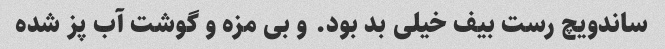
ساندویچ رست بیف خیلی بد بود. و بی مزه و گوشت آب پز شده